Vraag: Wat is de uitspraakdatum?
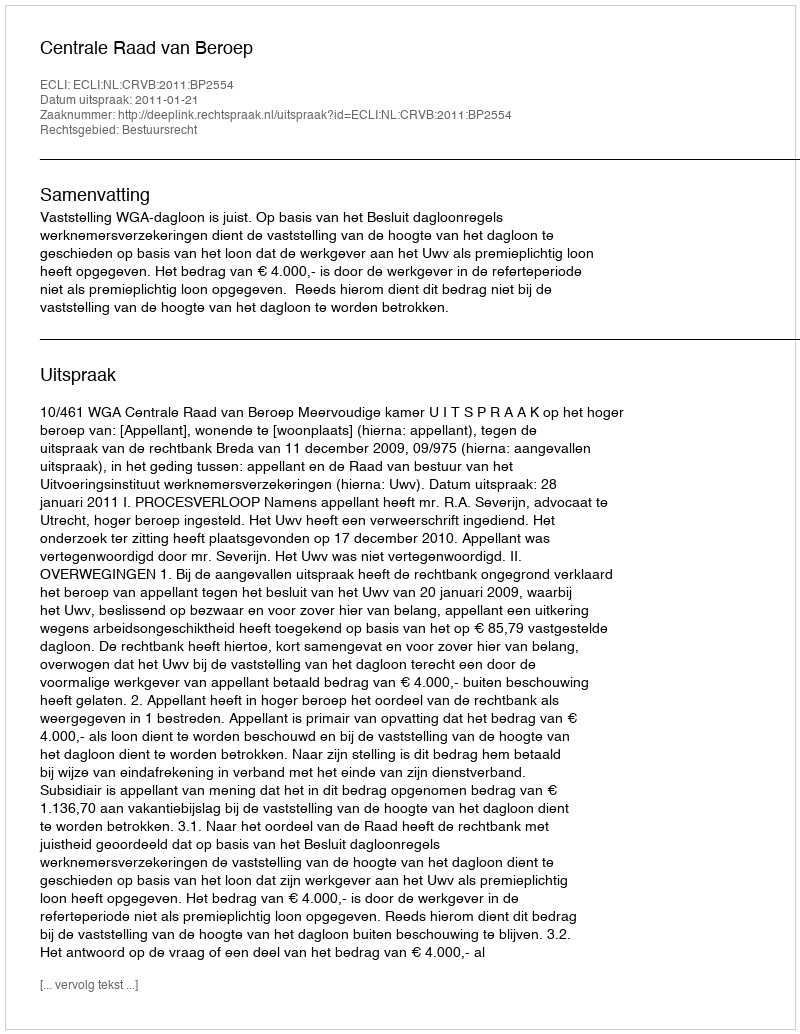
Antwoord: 2011-01-21